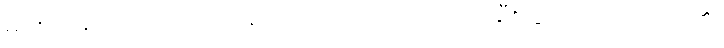
မင်းသားကလေး အင်ဒရေက တပ်ဗိုလ်ကလေးထံ စီးသွား၍ ပြောလိုက်၏။